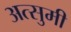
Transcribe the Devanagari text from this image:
अत्सुमी